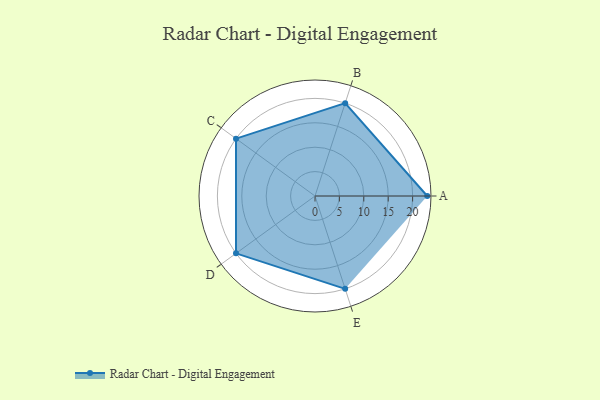
{"axis": {"x": "Skill", "y": "Score"}, "legend": ["Profile"], "data": [{"x": "A", "y": 23.0, "type": "Profile"}, {"x": "B", "y": 20, "type": "Profile"}, {"x": "C", "y": 20, "type": "Profile"}, {"x": "D", "y": 20, "type": "Profile"}, {"x": "E", "y": 20, "type": "Profile"}]}